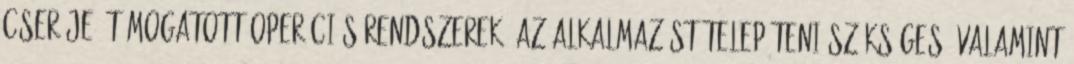
cseréje. Támogatott operációs rendszerek: Az alkalmazást telepíteni szükséges, valamint